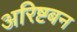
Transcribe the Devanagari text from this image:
अरिष्टबन